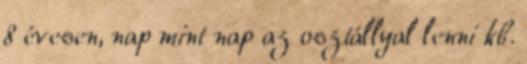
8 évesen, nap mint nap az osztállyal lenni kb.